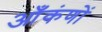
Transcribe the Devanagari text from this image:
आँकंणों